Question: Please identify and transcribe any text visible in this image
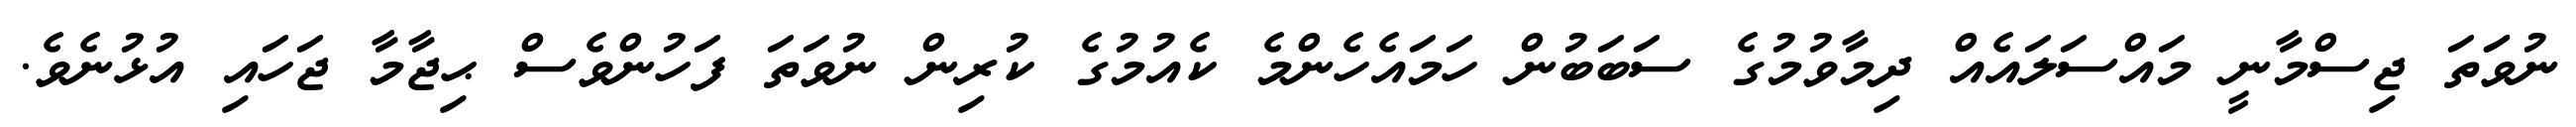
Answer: ނުވަަތަ ޖިސްމާނީ މައްސަލައެއް ދިމާވުމުގެ ސަބަބުން ހަމައެހެންމެ ކެއުމުގެ ކުރިން ނުވަތަ ފަހުންވެސް ޙިޖާމާ ޖަހައި އުޅުނެވެ.